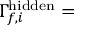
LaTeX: \Gamma _ { f , i } ^ { \mathrm { h i d d e n } } =